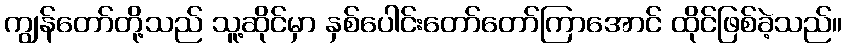
ကျွန်တော်တို့သည် သူ့ဆိုင်မှာ နှစ်ပေါင်းတော်တော်ကြာအောင် ထိုင်ဖြစ်ခဲ့သည်။